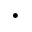
\cdot